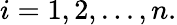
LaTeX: i=1,2,...,n.